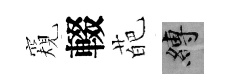
窺輟葩縛